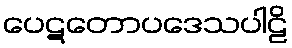
ပေဋတောပဒေသပါဠိ